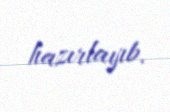
hazırlayıb.